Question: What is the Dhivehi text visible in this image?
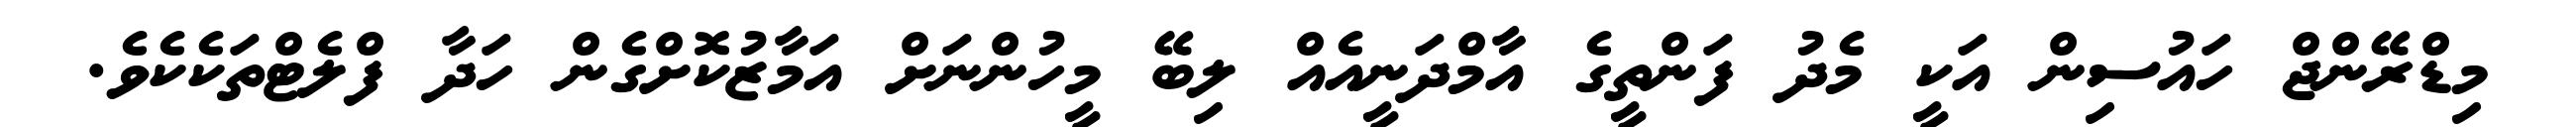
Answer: މިޑްރޭންޖް ހައުސިން އަކީ މެދު ފަންތީގެ އާމްދަނީއެއް ލިބޭ މީހުންނަށް އަމާޒުކޮށްގެން ހަދާ ފްލެޓްތަކެކެވެ.